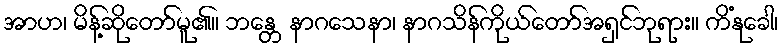
အာဟ၊ မိန့်ဆိုတော်မူ၏။ ဘန္တေ နာဂသေနာ၊ နာဂသိန်ကိုယ်တော်အရှင်ဘုရား။ ကိံနုခေါ၊